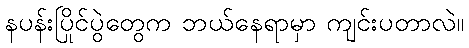
နပန်းပြိုင်ပွဲတွေက ဘယ်နေရာမှာ ကျင်းပတာလဲ။